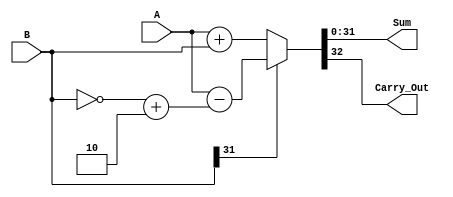
`timescale 1ns / 1ps
//////////////////////////////////////////////////////////////////////////////////
// Company: 
// Engineer: 
// 
// Design Name: 
// Module Name: Adder
// Project Name: 
// Target Devices: 
// Tool Versions: 
// Description: 
// 
// Dependencies: 
// 
// Revision:
// Revision 0.01 - File Created
// Additional Comments:
// 
//////////////////////////////////////////////////////////////////////////////////


module Adder(
        input [31:0] A, B,
        output [31:0] Sum,
        output Carry_Out
    );
     wire [31:0] two_comp_offset = (~B) + 2;
       
       //               branch flag high & condition satisfies & offset is positive then add current address + offset else subtract current address - offset 
//       assign next_address = ( branch & ALU_Out == 32'd1) ? ( (offset[31] != 1'b1) ? ( curr_address + offset ) : ( curr_address - two_comp_offset ) ) : curr_address + 32'd4 ;
       
    assign {Carry_Out, Sum } = ( B[31] == 1 )  ? (A - two_comp_offset) : (A + B);
    
    
    
endmodule